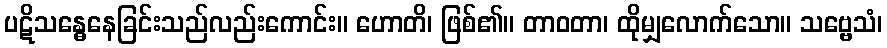
ပဋိသန္ဓေနေခြင်းသည်လည်းကောင်း။ ဟောတိ၊ ဖြစ်၏။ တာဝတာ၊ ထိုမျှလောက်သော။ သဗ္ဗေသံ၊